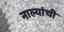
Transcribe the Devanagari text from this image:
नाल्यांची